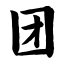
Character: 团